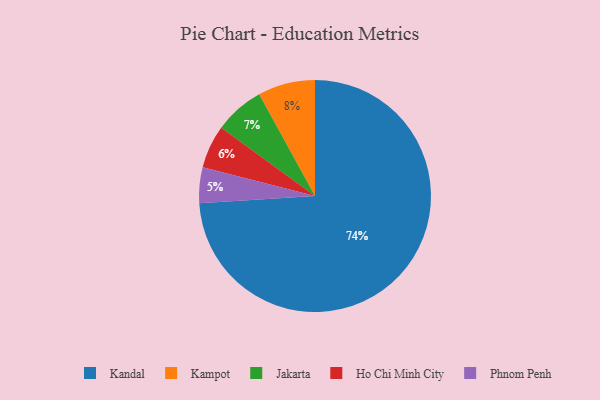
{"axis": {"x": "Category", "y": "Percentage"}, "legend": ["Ho Chi Minh City", "Jakarta", "Kampot", "Kandal", "Phnom Penh"], "data": [{"x": "Kampot", "y": 8, "type": "Kampot"}, {"x": "Jakarta", "y": 7, "type": "Jakarta"}, {"x": "Phnom Penh", "y": 5, "type": "Phnom Penh"}, {"x": "Kandal", "y": 74, "type": "Kandal"}, {"x": "Ho Chi Minh City", "y": 6, "type": "Ho Chi Minh City"}]}